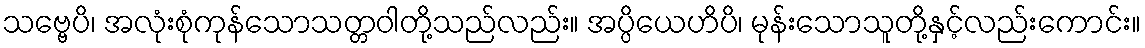
သဗ္ဗေပိ၊ အလုံးစုံကုန်သောသတ္တဝါတို့သည်လည်း။ အပ္ပိယေဟိပိ၊ မုန်းသောသူတို့နှင့်လည်းကောင်း။